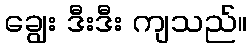
ချွေး ဒီးဒီး ကျသည်။